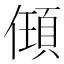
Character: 𬿰